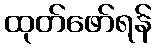
ထုတ်ဖော်ရန်